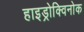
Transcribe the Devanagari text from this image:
हाइड्रोक्विनोक